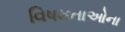
વિષમતાઓના